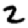
Digit: 2